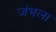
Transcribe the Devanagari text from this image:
जंभला